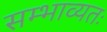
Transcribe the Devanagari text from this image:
सम्भाव्यतः